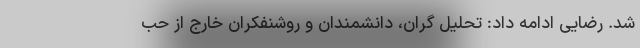
شد. رضایی ادامه داد: تحلیل گران، دانشمندان و روشنفکران خارج از حب